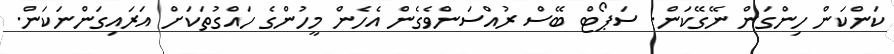
ކަންކަން ހިންގަން ނޭގޭކަން. ސަޕޯޓް ބޭސް ރުއްސަންވެގެން އެހެން މީހުންގެ ހައްގުތަކަށް އަރައިގަންނަކަން.